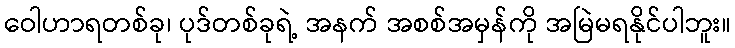
ဝေါဟာရတစ်ခု၊ ပုဒ်တစ်ခုရဲ့ အနက် အစစ်အမှန်ကို အမြဲမရနိုင်ပါဘူး။